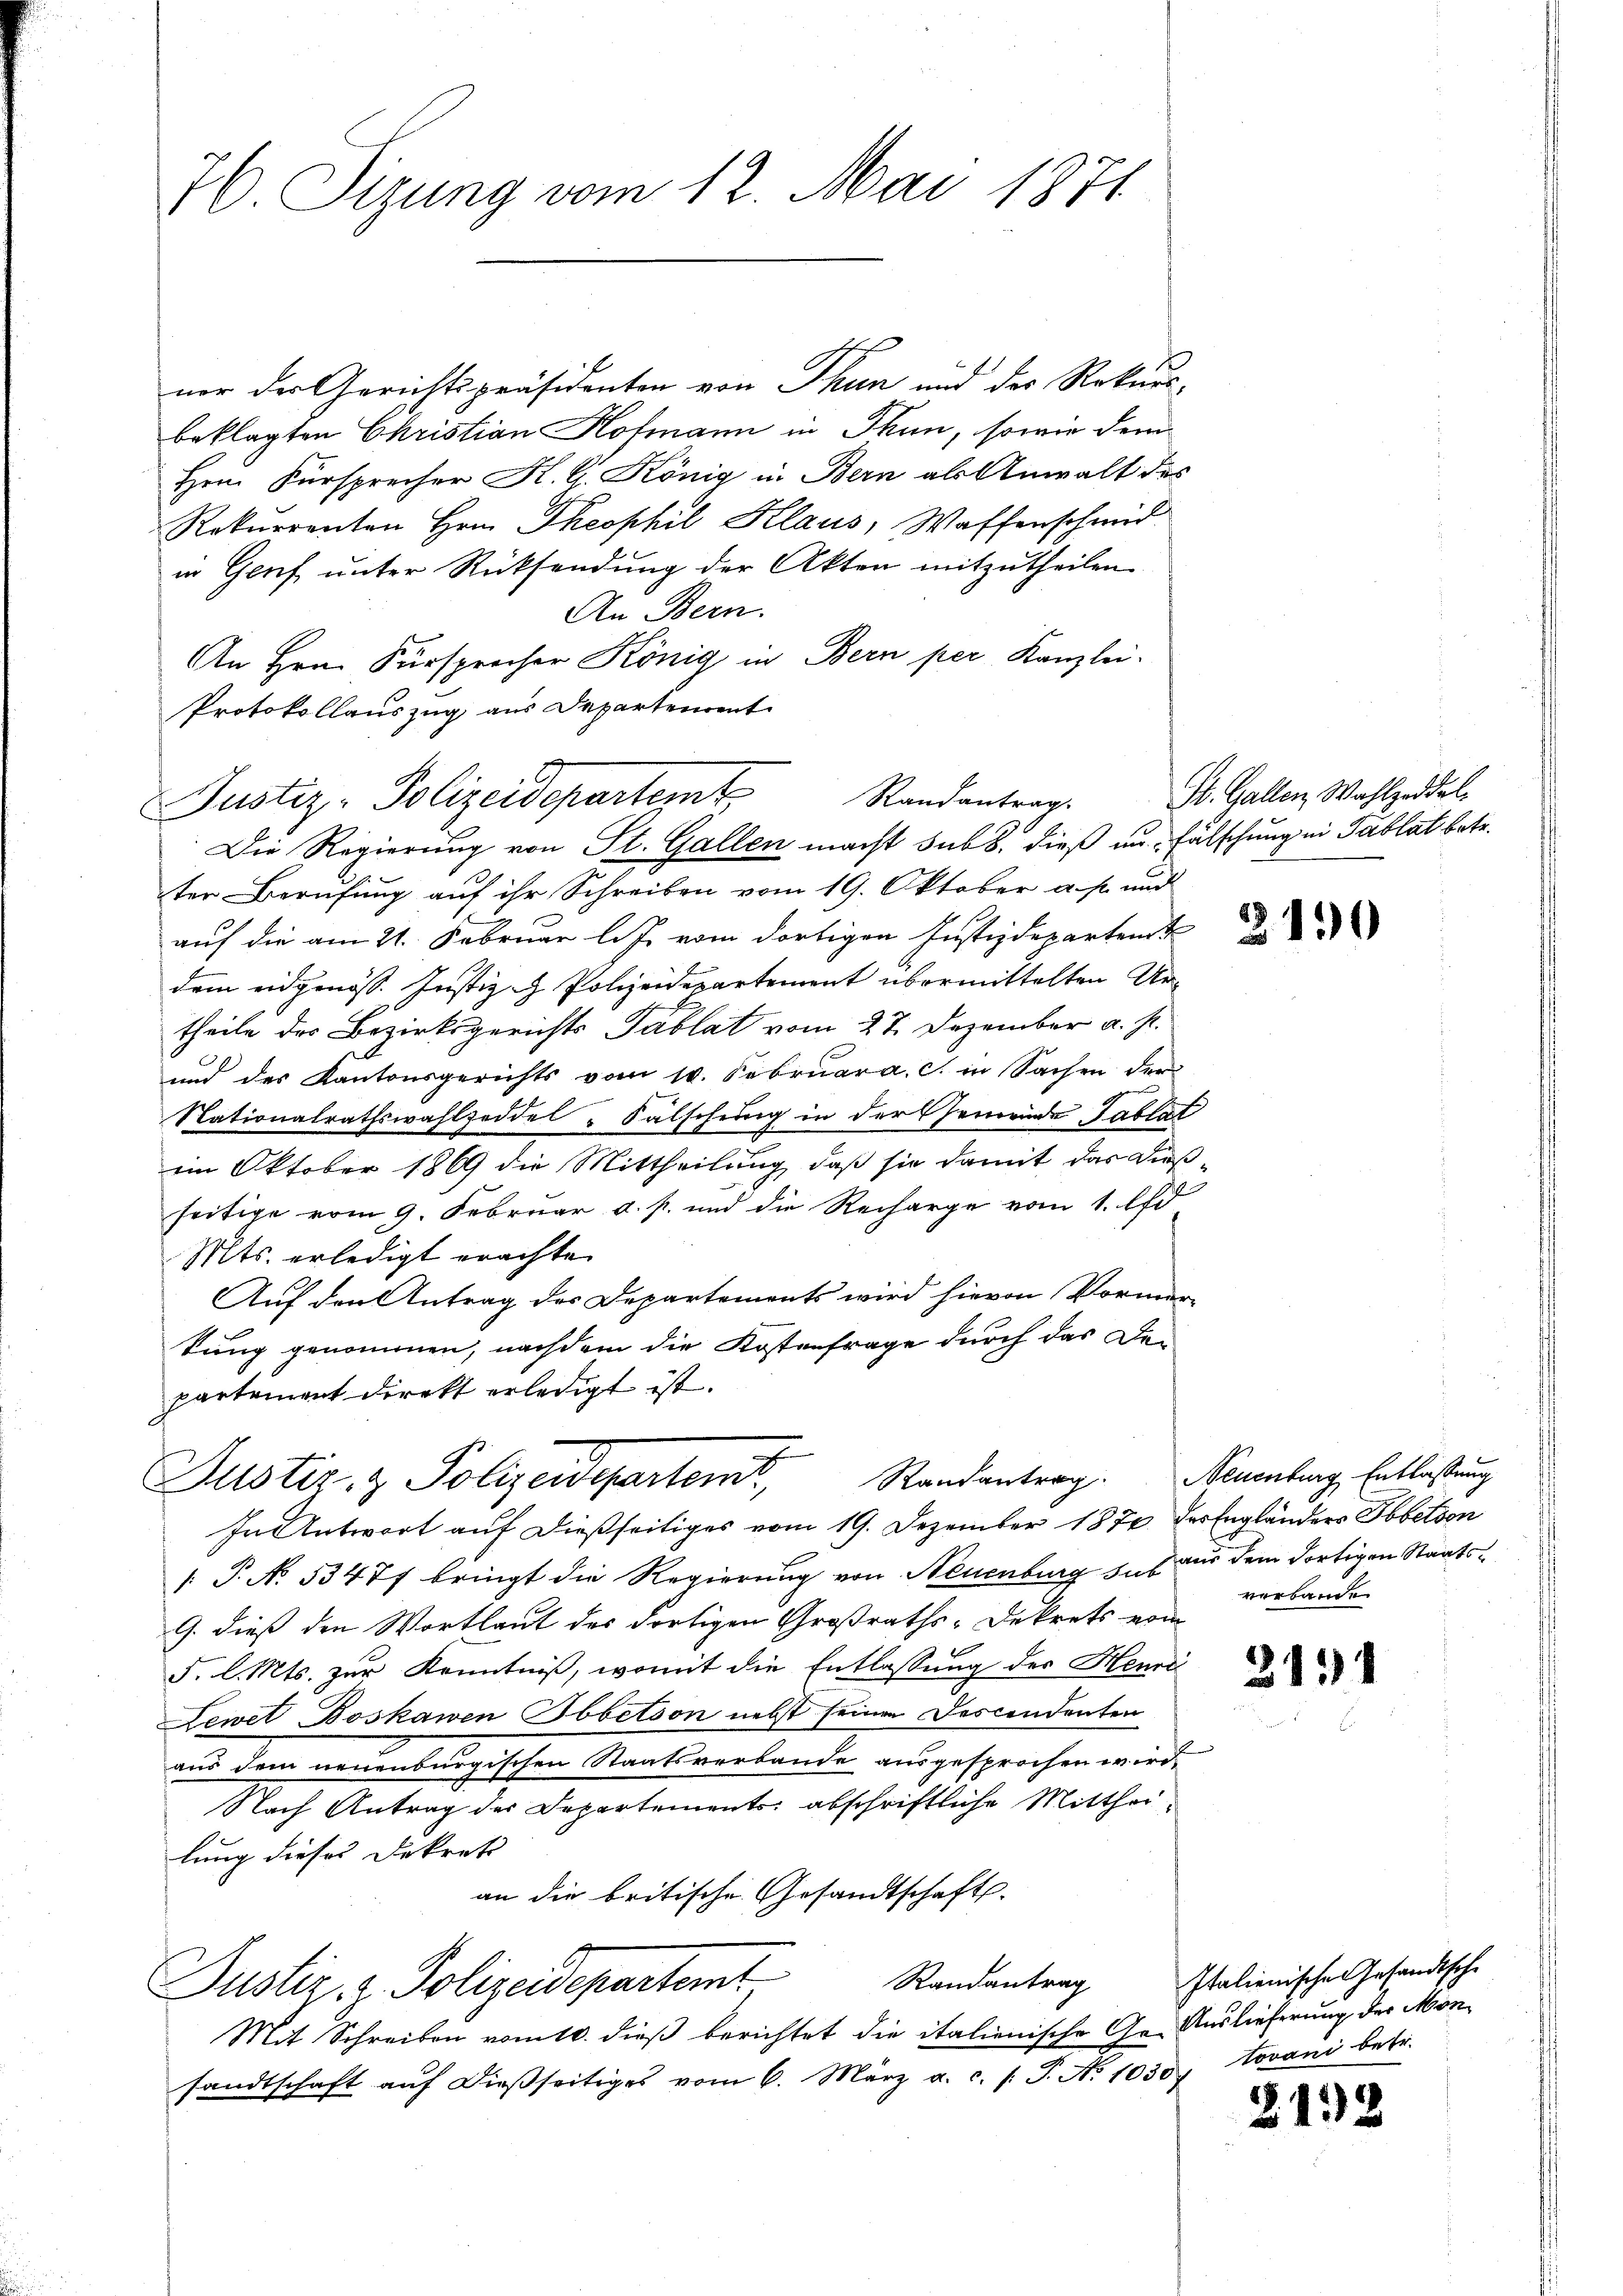
nor der Gerichtspräsidenten von Thun und der Rekurs-
beklagten Christian Hofmann in Thun, sowie dem
Hrn. Fürsprecher K. G. König in Bern als Anwalt des
Rekurrenten Hrn. Theophil Klaus, Waffenschmid
in Genf unter Rücksendung der Akten mitzutheilen.
An Bern.
An Hrn. Fürsprecher König in Bern per Kanzlei.
Protokollauszug aus Departenrent
Die Regierung von St. Gallen macht sub 8. dieß an Fälschung in Tablat betr.
ter Berufung auf ihr Schreiben vom 19. Oktober a. p. und
auf die am 21. Februar l.J. vom dortigen Justizdepartent
dem eidgenöss. Justiz - Polizeidepartement übermittelten Urtheile des Bezirksgerichts Tablat vom 27. Dezember a. s.
und des Kantonsgerichts vom 10. Februar a. c. in Sachen der
Nationalrathswahlzeddel & Salschung in der Gemeinde Tablat
im Oktober 1869 die Mittheilung, daß sie damit das Dies-
seitige vom 9. Februar a. p. und die Recharge vom 1. Oft
Mts. erledigt erachte.
Auf den Antrag des Departements wird hievon Vormun
kung genommen, nachdem die Kostenfrage durch das De-
partement direkt erledigt ist.

76 Sizung vom 12. Mai 1871

Justiz- Polizeidepartemt

Randantrag
Justiz- & Polizeideparten,
In Antwort auf dießseitiges vom 19. Dezember 1874 des Engländers Sbbetson

P. No. 53477 bringt die Regierung von Neuenburg u. s. aus dem dortigen Staats¬
G. dieß den Wortlaut des Fortigen Großraths-Dekrets vom
F. l. Mts. zur Kenntniß, womit die Entlassung des Henri
Lewet Boskawen Ibbetson nebst seinen Descendenten
aus dem neuenburgischen Staatsverbande ausgesprochen wird.
Nach Antrag des Departements abschriftliche Mittheilung dieses Dekreti
an die britische Gesandtschaft.
Randantrag
Justiz z. Polizeidepartent
Mit Schreiben vom 10. dieß berichtet die italienische Ge- Auslieferung der Monsandtschaft aŭf dieβseitiges vom 6. März a. c. s. S. No 1030. Jovani betr.

Randantrag.

St. Gallen, Wahlzeddel.

2190

Neuenburg, Entlaßung
verbande

2134

Italienische Gesandtsche

2132